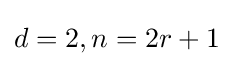
d=2,n=2r+1